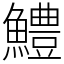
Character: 鱧